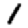
Digit: 1